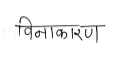
मजकूर: विनाकारण